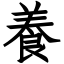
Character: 養